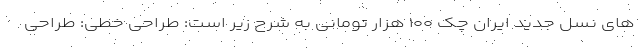
های نسل جدید ایران چک ۱۰۰ هزار تومانی به شرح زیر است: طراحی خطی: طراحی